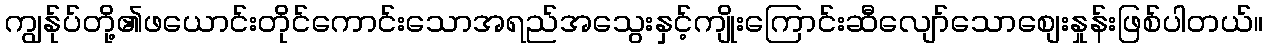
ကျွန်ုပ်တို့၏ဖယောင်းတိုင်ကောင်းသောအရည်အသွေးနှင့်ကျိုးကြောင်းဆီလျော်သောစျေးနှုန်းဖြစ်ပါတယ်။